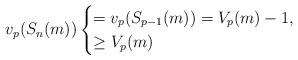
LaTeX: \begin{align*}v_p(S_n(m)) \begin{cases} =v_p(S_{p-1}(m))=V_p(m)-1,\\ \geq V_p(m)\qquad\qquad\qquad\qquad\, \quad\end{cases}\end{align*}